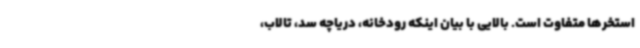
استخرها متفاوت است. بالایی با بیان اینکه رودخانه، دریاچه سد، تالاب،